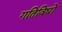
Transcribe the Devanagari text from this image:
गतिविधों